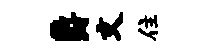
爵文住